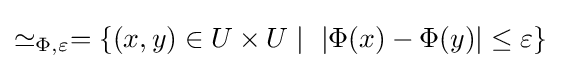
\simeq _{\Phi ,\varepsilon }=\{(x,y)\in U\times U\mid \ |\Phi (x)-\Phi (y)|\leq \varepsilon \}